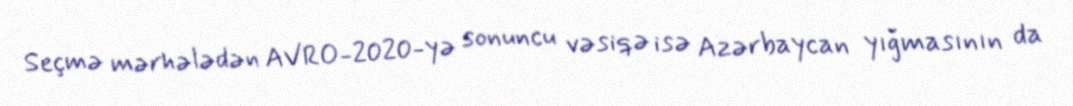
Seçmə mərhələdən AVRO-2020-yə sonuncu vəsiqə isə Azərbaycan yığmasının da